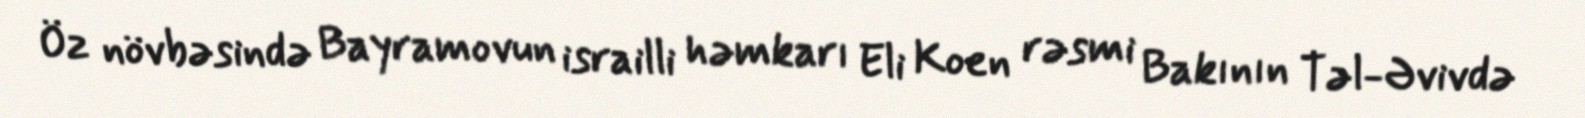
Öz növbəsində Bayramovun israilli həmkarı Eli Koen rəsmi Bakının Təl-Əvivdə